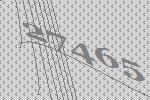
27465